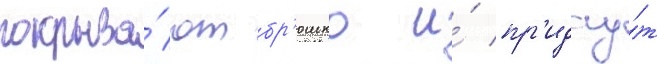
покрыва́ют бр'юшко и́ пр'идау́т